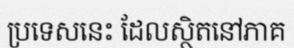
ប្រទេសនេះ ដែលស្ថិតនៅភាគ